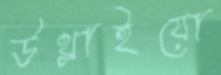
উথ্‌লাইয়ো